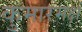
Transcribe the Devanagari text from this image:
कुमारमक्षं